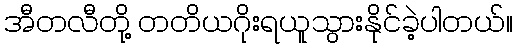
အီတလီတို့ တတိယဂိုးရယူသွားနိုင်ခဲ့ပါတယ်။